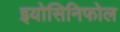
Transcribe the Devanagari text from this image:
इयोसिनिफोल